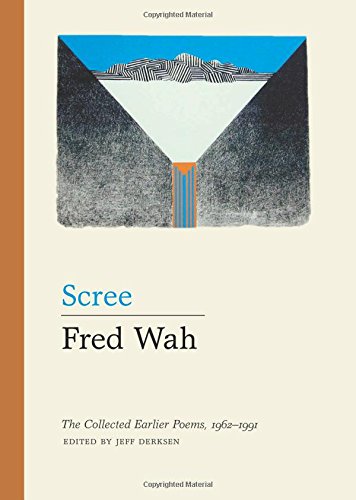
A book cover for Scree: The Collected Earlier Poems, 1962-1991; Fred Wah; Literature & Fiction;